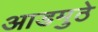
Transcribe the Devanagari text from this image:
आडमुठे